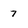
Character: 7